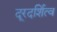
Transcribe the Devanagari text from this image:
दूरदर्शित्व